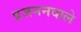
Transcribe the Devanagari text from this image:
प्रजननवाले